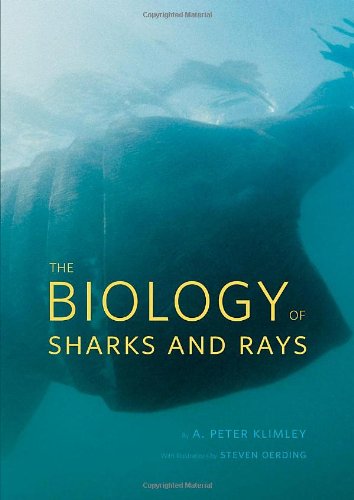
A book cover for The Biology of Sharks and Rays; A. Peter Klimley; Science & Math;